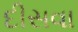
દીસવા